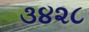
૩૪૨૮